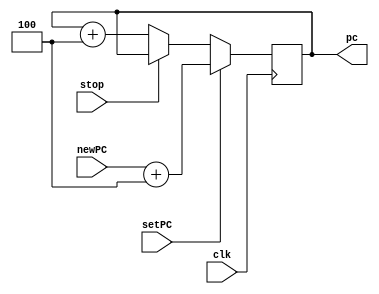
module ifu
(
 input 	wire clk,
 input 	wire [31:0] newPC,
 input 	wire setPC,
 input 	wire stop,
 
 output reg [31:0] pc = 0
 );	
	
	always @(posedge clk) begin
		if (setPC) begin			// Seteo de nuevo PC en flanco negativo
				pc <= newPC + 4;
		end
		else if (!stop) begin		// Solo incrementa PC en flanco positivo y si no esta halteado
			pc <= pc + 4;
		end
	end
 
endmodule